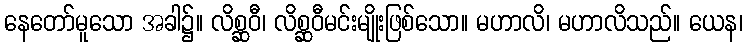
နေတော်မူသော အခါ၌။ လိစ္ဆဝီ၊ လိစ္ဆဝီမင်းမျိုးဖြစ်သော။ မဟာလိ၊ မဟာလိသည်။ ယေန၊